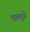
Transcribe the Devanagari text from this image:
पालटूने